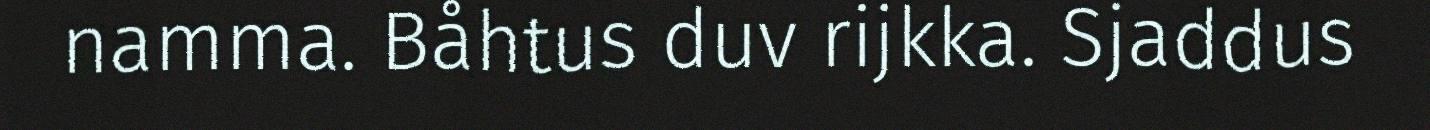
namma. Båhtus duv rijkka. Sjaddus